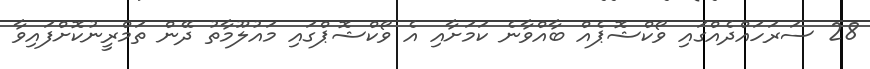
28 ސަރަހައްދެއްގައި ވޯކްޝޮޕެއް ބާއްވާނެ ކަމަށާއި އެ ވޯކްޝޮޕްގައި މައުލޫމާތު ދޭން ތަމްރީނުކޮށްފައިވާ